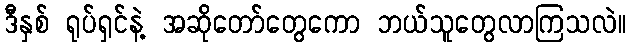
ဒီနှစ် ရုပ်ရှင်နဲ့ အဆိုတော်တွေကော ဘယ်သူတွေလာကြသလဲ။